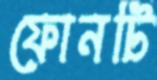
ফোনটি